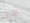
الفرق